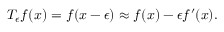
T _ { \epsilon } f ( x ) = f ( x - \epsilon ) \approx f ( x ) - \epsilon f ^ { \prime } ( x ) .